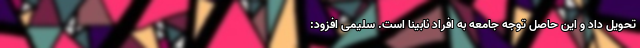
تحویل داد و این حاصل توجه جامعه به افراد نابینا است. سلیمی افزود: